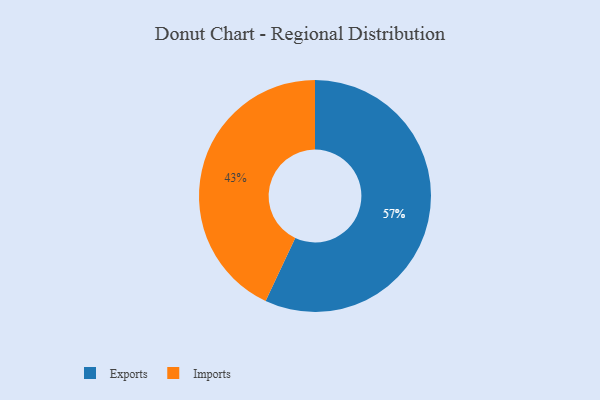
{"axis": {"x": "Category", "y": "Percentage"}, "legend": ["Exports", "Imports"], "data": [{"x": "Exports", "y": 57, "type": "Exports"}, {"x": "Imports", "y": 43, "type": "Imports"}]}